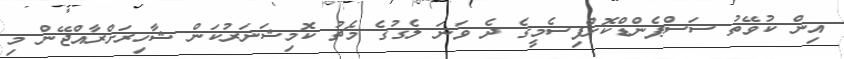
އިން ކުވޭތު ސަސްޕެންޑްކޮށްފިސެމީގެ ދެ ވަނަ ލެގުގެ މެޗު ކޮމިޝަނަރުކަން ޝާހިރަށްރާއްޖޭން މި